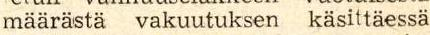
määrästä vakuutuksen käsittäessa